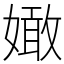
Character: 㜟